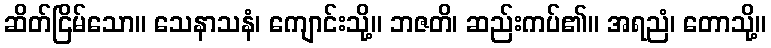
ဆိတ်ငြိမ်သော။ သေနာသနံ၊ ကျောင်းသို့။ ဘဇတိ၊ ဆည်းကပ်၏။ အရညံ၊ တောသို့။